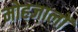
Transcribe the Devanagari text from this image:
मोहजालों